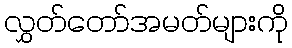
လွှတ်တော်အမတ်များကို